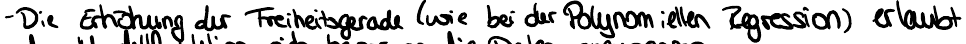
- Die Erhöhung der Freiheitsgerade (wie bei der Polynomiellen Regression) erlaubt